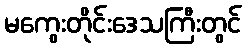
မကွေးတိုင်းဒေသကြီးတွင်